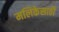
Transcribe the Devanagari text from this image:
मलिकेसाठी